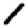
Digit: 1